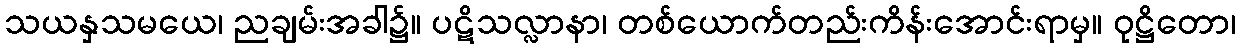
သယနှသမယေ၊ ညချမ်းအခါ၌။ ပဋိသလ္လာနာ၊ တစ်ယောက်တည်းကိန်းအောင်းရာမှ။ ဝုဋ္ဌိတော၊